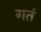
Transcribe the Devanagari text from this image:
गतं